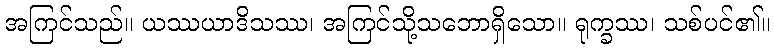
အကြင်သည်။ ယဿယာဒိသဿ၊ အကြင်သို့သဘောရှိသော။ ရုက္ခဿ၊ သစ်ပင်၏။